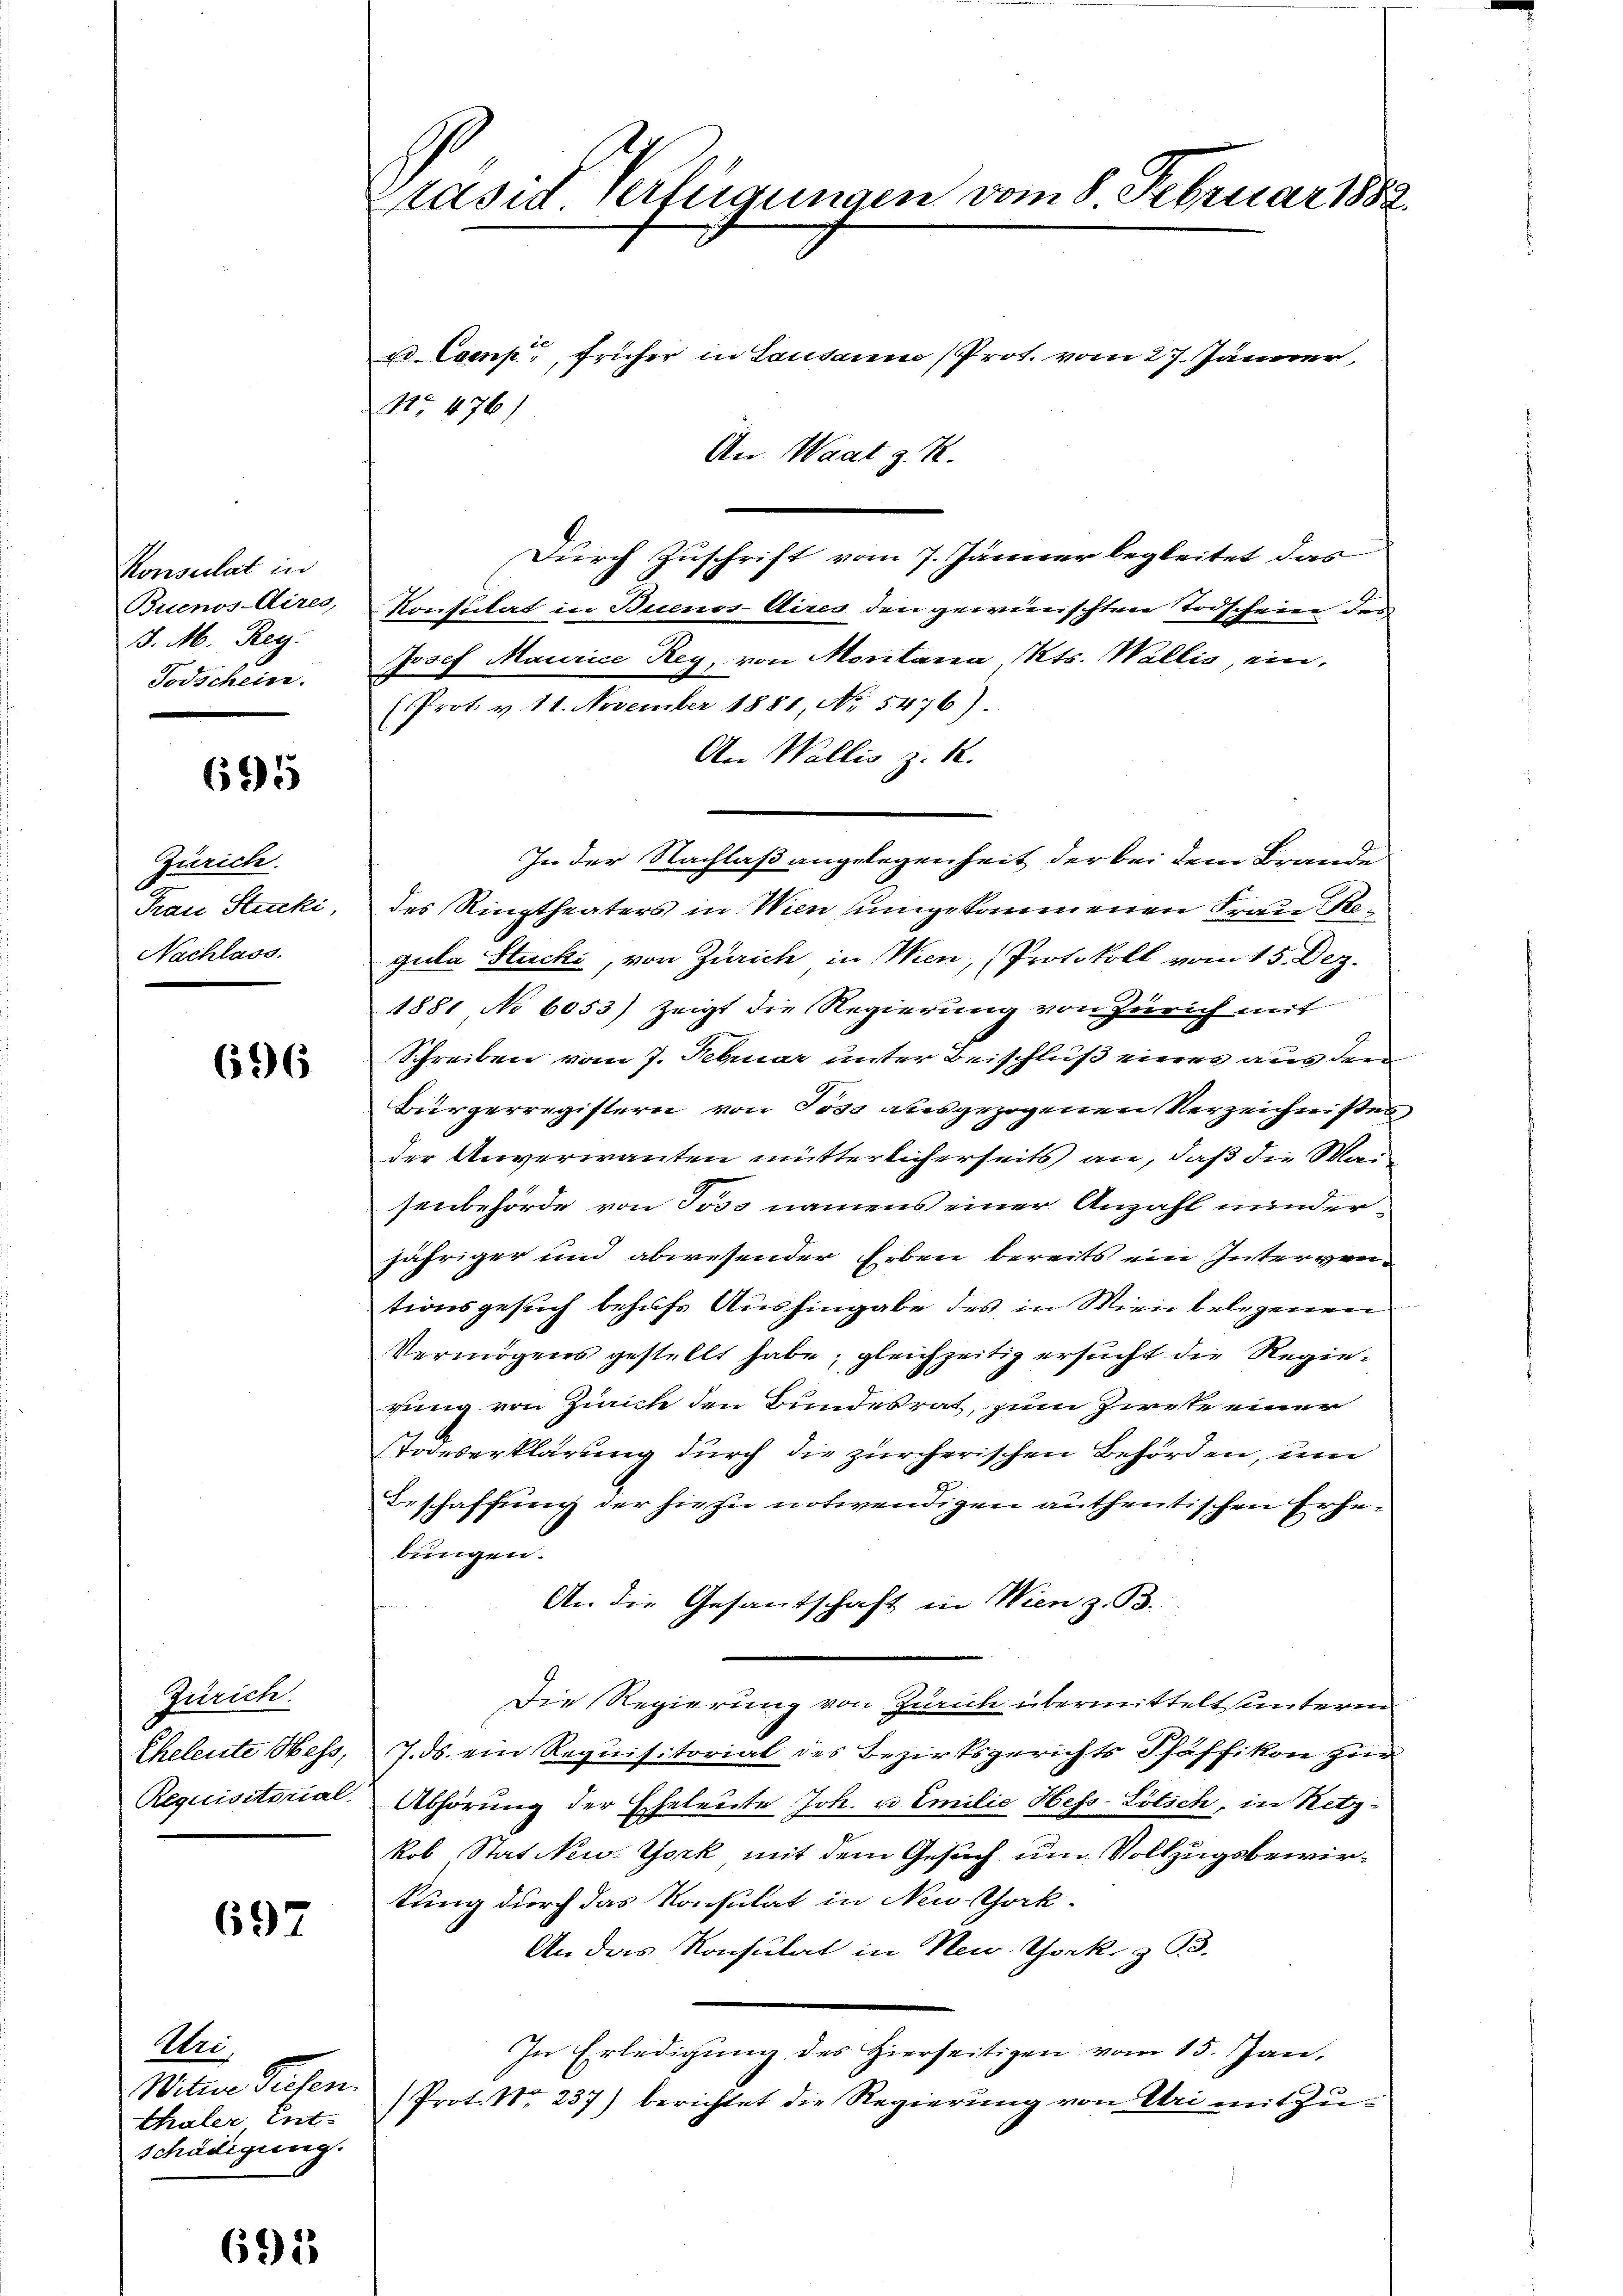
Konsulat in
Buenos-Aires,
3. M. Reg.
Todschein.

695

Zürich.
Frau Stucki,
Nachlass.

696

Zürich.
Eheleute Hess,
Requisitorial

697

Wei
Witte Tiefen.
thaler Ent-
schädigung.

695

Prasid Verfügungen vom 8. Februar 1882
x Coenp, früher in Lausanne (Prot. vom 27. Jänner,
No 476)
An Waat z. R.

Durch Zuschrift vom 7. Jänner begleitet das
Konsulat in Buenos Aires den gewünschten Todscheine des
Josef Maurice Reg, von Moritana Kts. Wallis, ein.
(Prot. v. 11. November 1881 No 5476).
An Wallis z. R.
In der Nachlaß angelegenheit der bei dem Brande
des Ringtheaters in Wien umgekommenen Frau Regula Stucki, von Zürich in Wien, (Protokoll vom 15. Dez.
1881 No 6053) zeigt die Regierung von Zürich mit
Schreiben vom 7. Februar unter Beischluß eines aus den
Bürgerregistern von Toss ausgezogenen Verzeichnisses
der Anverwanten mütterlicherseits an, daß die Maisenbehörde von Toss namens einer Anzahl minderjähriger und abwesender Erben bereits ein Interventionsgesuch behufs Aushingabe des in Wien belegenen
Vermögens gestellt habe, gleichzeitig ersucht die Regiegung von Zürich den Bundesrat, zum Zweke einer
Todeserklärung durch die zürcherischen Behörden, um
Beschaffung der hiesi notwendigen authentischen Erhebungen.
An die Gesandschaft in Wien z. B.
Die Regierung von Zürich übermittelt unterm
J. ds. ein Requisitorial des Bezirksgerichts Pfäffikon zur
Abhörung der Eheleute Joh. u. Emilie Hess-Lötsch, in Netz-
kob Stat New York mit dem Gesuch um Vollzugsbewirkung durch das Konsulat in Neu-Chock.
An das Konsulat in New York & 93.
In Erledigung des Hierseitigen vom 15. Jan.
Prot. Nr. 237) berichtet die Regierung von Uri mit Zu¬